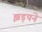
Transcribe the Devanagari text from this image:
झड़पने